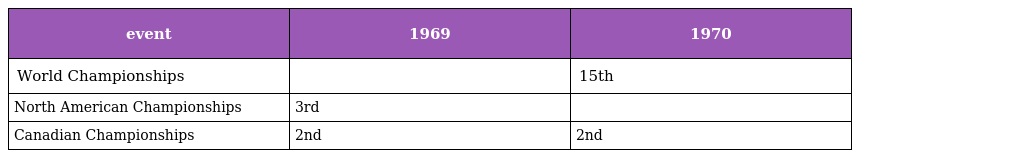
| event | 1969 | 1970 |
 | --- | --- | --- |
 | World Championships |  | 15th |
 | North American Championships | 3rd |  |
 | Canadian Championships | 2nd | 2nd |